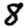
Digit: 8